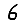
Digit: 6